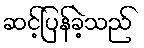
ဆင့်ပြန်ခဲ့သည်